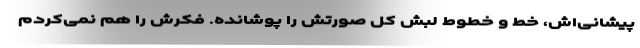
پیشانی‌اش، خط و خطوط لبش کل صورتش را پوشانده. فکرش را هم نمی‌کردم